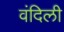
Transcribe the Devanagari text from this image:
वंदिली